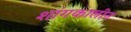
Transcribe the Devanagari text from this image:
शांगकालीन